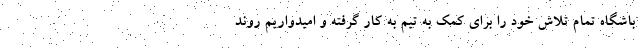
باشگاه تمام تلاش خود را برای کمک به تیم به کار گرفته و امیدواریم روند